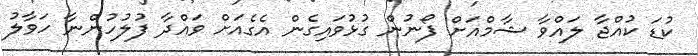
ކުޑަ ކުއްޖާ ލައްވާ ޝާމްއަށް ފޯނުން ގުޅުވައިގެން އެގެއަށް ވައްދާ ފުލުހުންނާ ހަވާލު